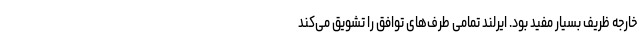
خارجه ظریف بسیار مفید بود. ایرلند تمامی طرف‌های توافق را تشویق می‌کند